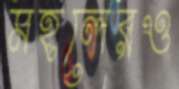
মহলেরও